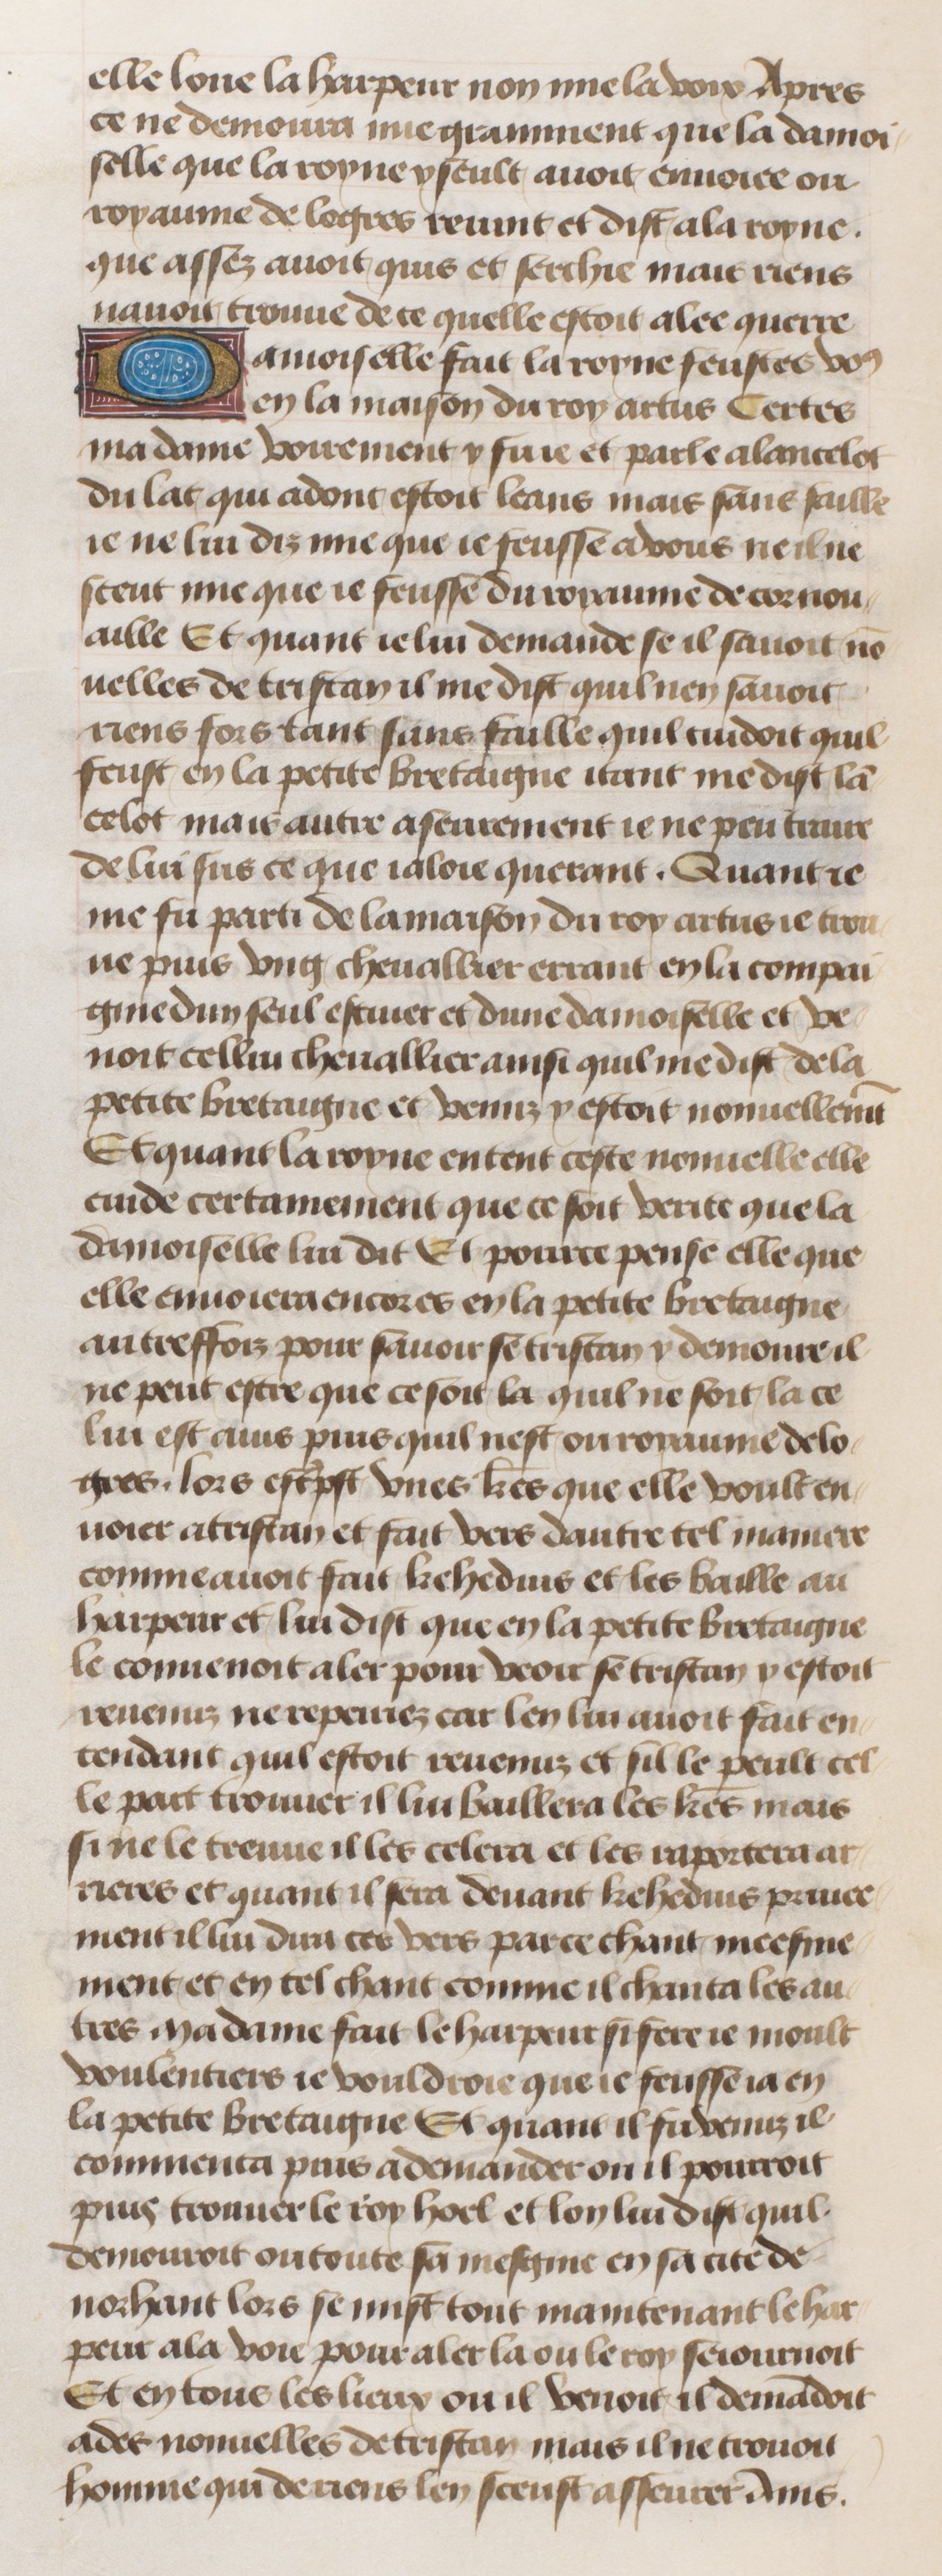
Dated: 1455–1485